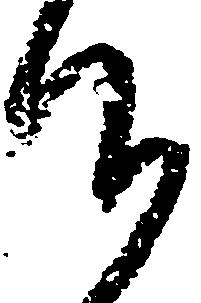
仰